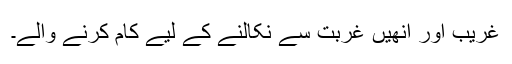
غریب اور انھیں غربت سے نکالنے کے لیے کام کرنے والے۔